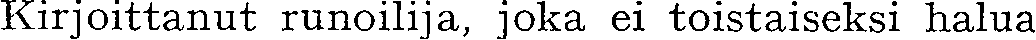
Kirjoittanut runoilija, joka ei toistaiseksi halua